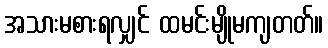
အသားမစားရလျှင် ထမင်းမျိုမကျတတ်။